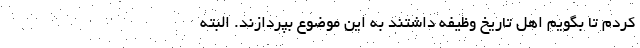
کردم تا بگویم اهل تاریخ وظیفه داشتند به این موضوع بپردازند. البته